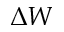
\Delta W